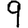
Digit: 9